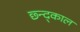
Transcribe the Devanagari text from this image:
छ्न्द्काल